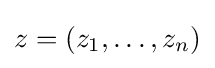
z=(z_{1},\ldots ,z_{n})